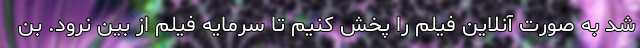
شد به صورت آنلاین فیلم را پخش کنیم تا سرمایه فیلم از بین نرود. بن